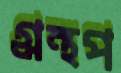
গ্রন্থপ